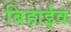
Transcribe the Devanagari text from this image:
बिहाईव